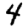
Digit: 4